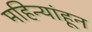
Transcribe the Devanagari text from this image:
महिन्यांहून